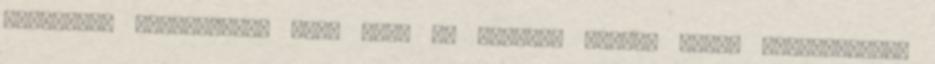
Szavazzon 07:54Rekord áron kelt el Marilyn Monroe Arany Glóbusz-díja